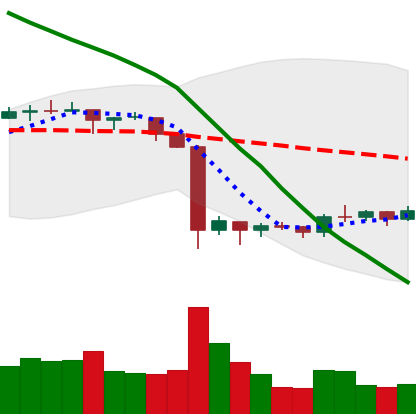
Ticker: EOS-USD
Chart end date: 2019-10-04
Forward return: 7.662%
Label: up_7plus